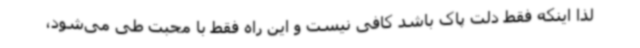
لذا اینکه فقط دلت پاک باشد کافی نیست و این راه فقط با محبت طی می‌شود،